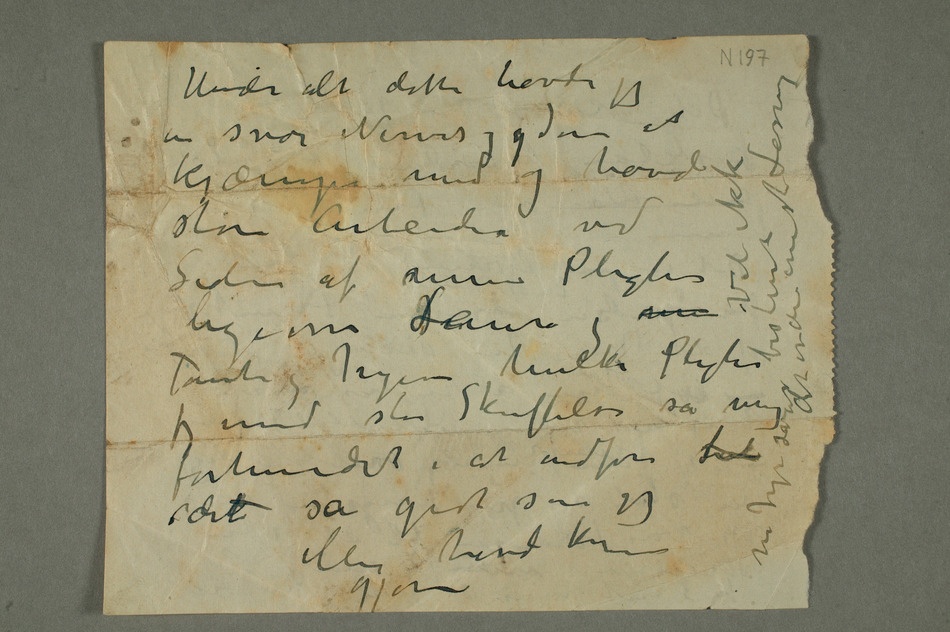
Under alt dette havde jeg
en svær Nervesygdom at kjæmpe med og havde
store Arbeider ved
ligeover ILaura
det så godt som jeg
ellers havde kunnet gjøre